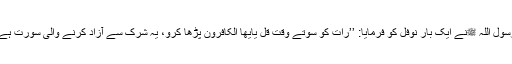
رسول اللہ ﷺنے ایک بار نوفل ؓکو فرمایا: ’’رات کو سوتے وقت قُلْ یٰٓاَیُّھَا الْکَافِرُوْنِ پڑھا کرو، یہ شرک سے آزاد کرنے والی سورت ہے۔